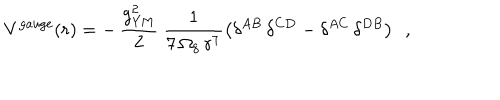
{ V } ^ { \mathrm { g a u g e } } ( r ) = - \, \frac { g _ { \mathrm { Y M } } ^ { 2 } } { 2 } ~ \frac { 1 } { 7 \, \Omega _ { 8 } \, r ^ { 7 } } \left( \delta ^ { A B } \, \delta ^ { C D } - \delta ^ { A C } \, \delta ^ { D B } \right) ~ ~ ,